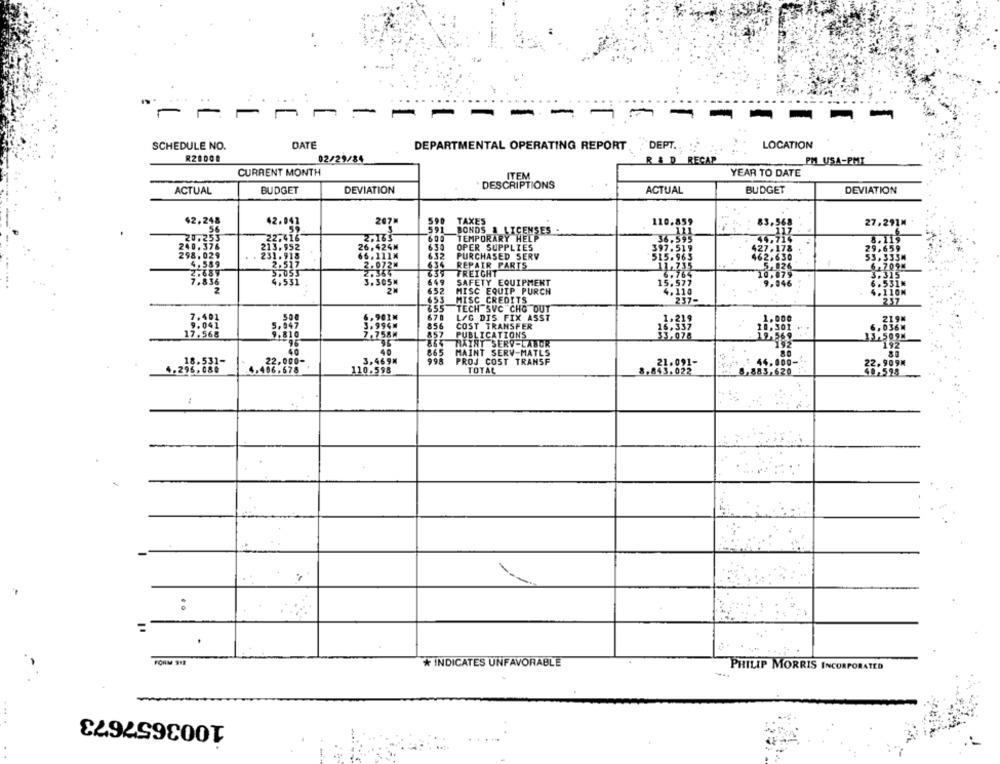
--
-- - -
- - - - - -
SCHEDULE NO.
DATE
LOCATION
DEPARTMENTAL OPERATING REPORT
DEPT.
R2000.
02/29/84
& D RECAP
PM USA-PMT
CURRENT MONTH
ITEM
YEAR TO DATE
ACTUAL
BUDGET
DEVIATION
DESCRIPTIONS
ACTUAL
BUDGET
DEVIATION
42.248
42.041
207.
590
TAXES
110.859
83,56
27,291M
5.6
591
BONDS & LICENSES
20.253
TEMPORARY HELP
240.376
26.424M
630
298.029
OPER SUPPLIES
397.5
$27.178
29,659
PURCHASED SERV
515.965
462,630
53,333M
4.589
634
REPAIR PARTS
11,735
3.635
FREIGHT
6.764
10,075
4,53
649
SAFETY EQUIPMENT
15.577
9,046
2
652
MISC EQUIP PURCH
4.118
655
MISC CREDITS
257-
655
TECH SVC CHO OUT
670
LÆG DIS FIX ASST
1,000
5.64
856
COST TRANSFER
10. 301
17.568
PUBLICATIONS
HAIAT SERV-LABOR
MAINT SERV-MATLS
80
40
3,4694
998
348.531-
PROJ COST TRANSF
21.091-
22.909M
.496,678
110.598
TOTAL
8.843.022
8,883,620 .
40,598
FORM 918
* INDICATES UNFAVORABLE
PHILIP MORRIS INCORPORATED
1003657673
... .